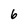
Character: 6